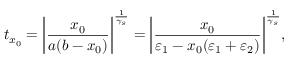
t _ { x _ { 0 } } = \bigg | \frac { x _ { 0 } } { a ( b - x _ { 0 } ) } \bigg | ^ { \frac { 1 } { \gamma _ { s } } } = \bigg | \frac { x _ { 0 } } { \varepsilon _ { 1 } - x _ { 0 } ( \varepsilon _ { 1 } + \varepsilon _ { 2 } ) } \bigg | ^ { \frac { 1 } { \gamma _ { s } } } ,